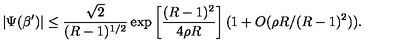
| \Psi ( \beta ^ { \prime } ) | \leq { \frac { \sqrt { 2 } } { ( R - 1 ) ^ { 1 / 2 } } } \exp \left[ { \frac { ( R - 1 ) ^ { 2 } } { 4 \rho R } } \right] ( 1 + O ( \rho R / ( R - 1 ) ^ { 2 } ) ) .